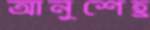
আনুশেহ্র